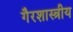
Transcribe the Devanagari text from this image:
गैरशास्त्रीय